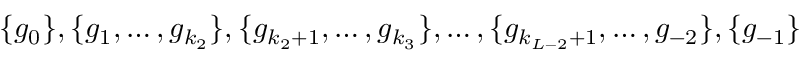
\{ g _ { 0 } \} , \{ g _ { 1 } , \ldots , g _ { k _ { 2 } } \} , \{ g _ { k _ { 2 } + 1 } , \ldots , g _ { k _ { 3 } } \} , \ldots , \{ g _ { k _ { L - 2 } + 1 } , \ldots , g _ { - 2 } \} , \{ g _ { - 1 } \}